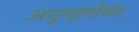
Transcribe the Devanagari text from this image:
अनुम्लोचा